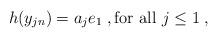
LaTeX: \begin{align*}h(y_{j n}) = a_j e_1 \;, {\rm for~all~} j \le 1 \;,\end{align*}